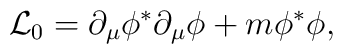
{\cal L}_0 = \partial _\mu \phi ^{\ast} \partial _\mu \phi+ m \phi^{\ast} \phi,